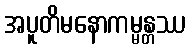
အပူတိမနောကမ္မန္တဿ